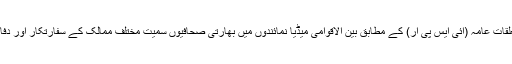
پاک فوج کے شعبہ تعلقات عامہ (آئی ایس پی آر) کے مطابق بین الاقوامی میڈیا نمائندوں میں بھارتی صحافیوں سمیت مختلف ممالک کے سفارتکار اور دفاعی اتاشی شامل تھے۔